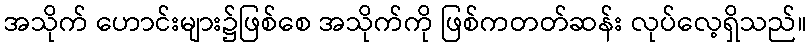
အသိုက် ဟောင်းများ၌ဖြစ်စေ အသိုက်ကို ဖြစ်ကတတ်ဆန်း လုပ်လေ့ရှိသည်။